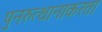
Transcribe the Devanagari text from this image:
पुनरुत्थानाकरता